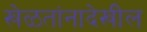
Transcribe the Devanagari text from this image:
खेळतांनादेखील